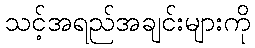
သင့်အရည်အချင်းများကို